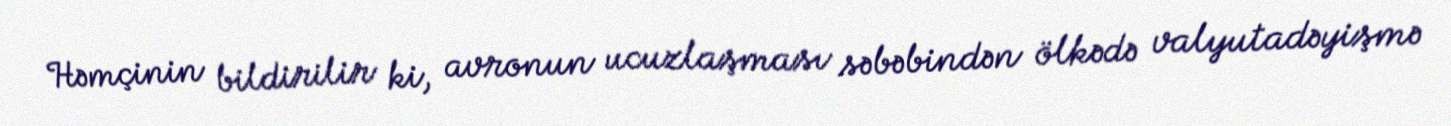
Həmçinin bildirilir ki, avronun ucuzlaşması səbəbindən ölkədə valyutadəyişmə